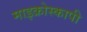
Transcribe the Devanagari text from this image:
माइक्रोस्कापी